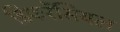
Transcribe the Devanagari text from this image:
डिफरेंसियल